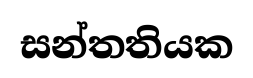
සන්තතියක